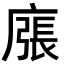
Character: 𢊜